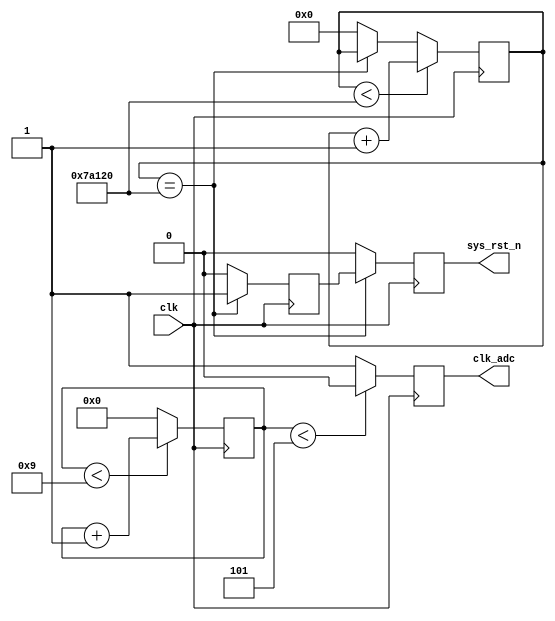
`timescale 1ns / 1ps
//////////////////////////////////////////////////////////////////////////////////
// Company: 
// Engineer: 
// 
// Design Name: 
// Module Name:    SYS_RST 
// Project Name: 
// Target Devices: 
// Tool versions: 
// Description: 
//
// Dependencies: 
//
// Revision: 
// Revision 0.01 - File Created
// Additional Comments: 
//
/**************************************
*  
*  
*         1.  clk 50M 
*         2.  
*  
*         sys_rst_n:
***************************************/
module    SYS_RST
(
    input    clk,
    //input    rst_n,
    output    sys_rst_n,
	 output	  clk_adc
);
localparam	CLKADC_PARA = 10;	//10
localparam 	CLKADC_PARA_2 = 5;
//------------------------------------------
// Delay 100ms for steady state
reg[22:0] cnt;
reg[9:0]  cnt_adc = 0;
reg clk_adc_r;
always@(posedge clk) 
//or negedge rst_n)
begin
    //if(!rst_n)
      //  cnt <= 0;
   // else
     //   begin
			if(cnt < 23'd50_0000) //10ms
            cnt <= cnt+1'b1;
			else if(cnt == 23'd50_0000)
            cnt <= cnt;
			else cnt <= 0;
       // end
		 if(cnt_adc < CLKADC_PARA-1) cnt_adc <= cnt_adc + 1'b1;
		 else cnt_adc <= 10'd0;
end

//------------------------------------------
//rst_n synchronism
reg    rst_nr0 = 0;
reg    rst_nr1 = 0;
always@(posedge clk)
// or negedge rst_n)
begin
//    if(!rst_n)
//        begin
//        rst_nr0 <= 0;
//        rst_nr1 <= 0;
//        end
//    else 
	if(cnt == 23'd50_0000)
        begin
        rst_nr0 <= 1;
        rst_nr1 <= rst_nr0;
        end
    else
        begin
        rst_nr0 <= 0;
        rst_nr1 <= 0;
        end
	if(cnt_adc < CLKADC_PARA_2) clk_adc_r <= 1'b0;
	else
	clk_adc_r <= 1'b1;
end

assign    sys_rst_n = rst_nr1;
assign    clk_adc = clk_adc_r;
endmodule